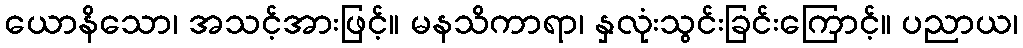
ယောနိသော၊ အသင့်အားဖြင့်။ မနသိကာရာ၊ နှလုံးသွင်းခြင်းကြောင့်။ ပညာယ၊